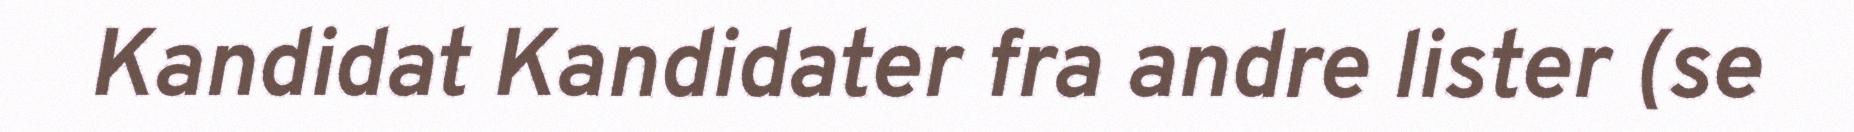
Kandidat Kandidater fra andre lister (se